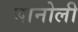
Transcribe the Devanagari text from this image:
बानोली